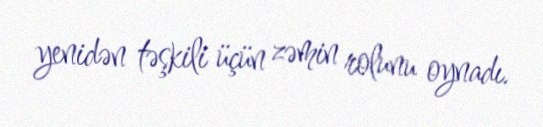
yenidən təşkili üçün zəmin rolunu oynadı.